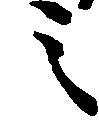
之